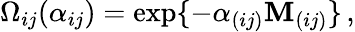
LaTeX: \Omega_{ij}(\alpha_{ij})=\exp\{ -\alpha_{(ij)}\mathbf{M}_{(ij)}\} \, ,